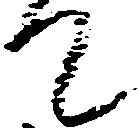
て